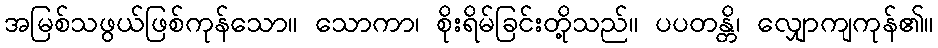
အမြစ်သဖွယ်ဖြစ်ကုန်သော။ သောကာ၊ စိုးရိမ်ခြင်းတို့သည်။ ပပတန္တိ၊ လျှောကျကုန်၏။